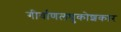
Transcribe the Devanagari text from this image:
गीर्वाणलघुकोशकार